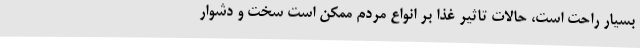
بسیار راحت است، حالات تاثیر غذا بر انواع مردم ممکن است سخت و دشوار